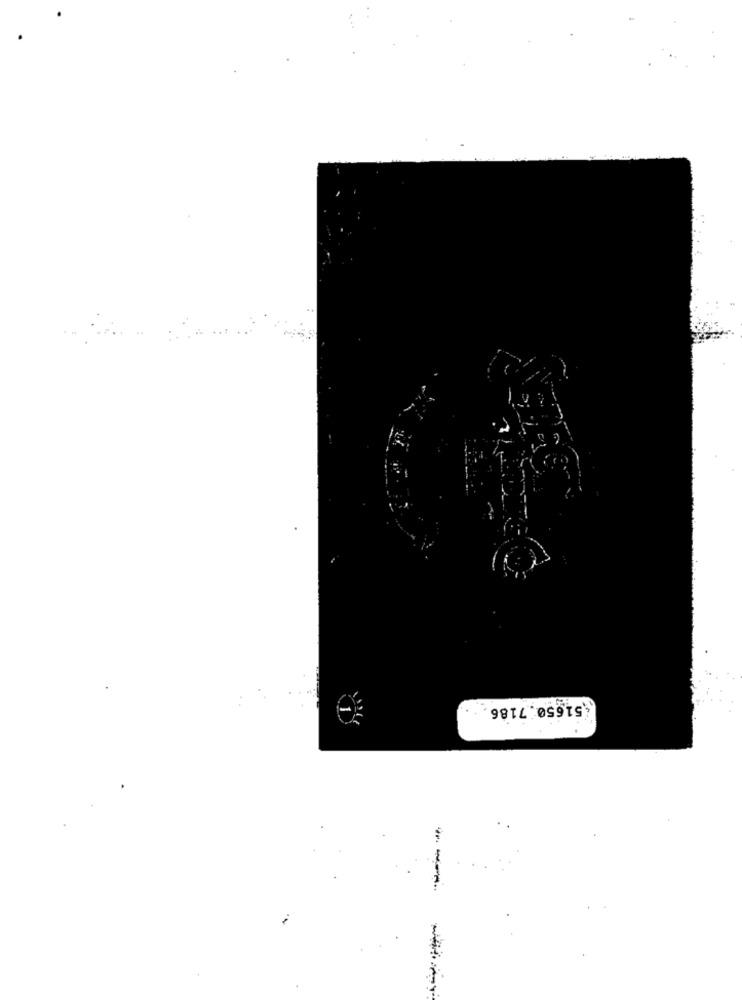
(51650. 7186
--